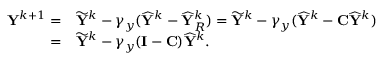
\begin{array} { r l } { { \mathbf { Y } } ^ { k + 1 } = } & { \widetilde { { \mathbf { Y } } } ^ { k } - \gamma _ { y } ( \widehat { { \mathbf { Y } } } ^ { k } - \widehat { { \mathbf { Y } } } _ { R } ^ { k } ) = \widetilde { { \mathbf { Y } } } ^ { k } - \gamma _ { y } ( \widehat { { \mathbf { Y } } } ^ { k } - { \mathbf { C } } \widehat { { \mathbf { Y } } } ^ { k } ) } \\ { = } & { \widetilde { { \mathbf { Y } } } ^ { k } - \gamma _ { y } ( { \mathbf { I } } - { \mathbf { C } } ) \widehat { { \mathbf { Y } } } ^ { k } . } \end{array}